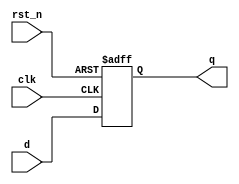
module synchronous_register (
    input wire clk,        // Clock input
    input wire rst_n,      // Active-low reset
    input wire [7:0] d,    // Data input
    output reg [7:0] q     // Data output
);

// Always block triggered on the rising edge of the clock
always @(posedge clk or negedge rst_n) begin
    if (!rst_n) begin
        // Reset q to 0 when reset is active
        q <= 8'b0;
    end else begin
        // Update q with the value of d on clock edge
        q <= d;
    end
end

endmodule